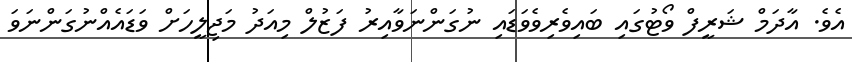
އެވެ. އާދަމް ޝަރީފް ވޯޓުގައި ބައިވެރިވެވަޑައި ނުގަންނަވާއިރު ފަޒުލް މިއަދު މަޖިލީހަށް ވަޑައެއްނުގަންނަވަ